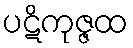
ပဋိကုဇ္ဇထ